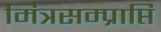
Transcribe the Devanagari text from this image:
मित्रसम्प्राप्ति